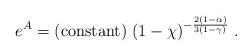
LaTeX: \begin{align*}e^A = {\rm (constant)} \; (1 - \chi)^{- \frac{2 (1 - \alpha)}{3 (1 - \gamma)}} \; .\end{align*}